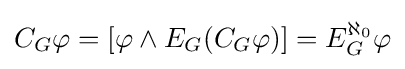
C_{G}\varphi =[\varphi \wedge E_{G}(C_{G}\varphi )]=E_{G}^{\aleph _{0}}\varphi